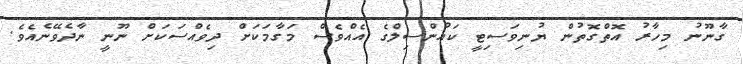
ގާނޫނު މިހާރު އޮތްގޮތުން ޔުނިވަސިޓީ ކައުންސިލްގެ އެއްވެސް މަގާމަކަށް ދިވެއްސަކަށް ނޫނީ ނާދެވޭނެއެވެ.